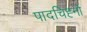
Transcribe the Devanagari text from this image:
पादचिह्नों